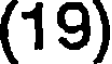
(19)